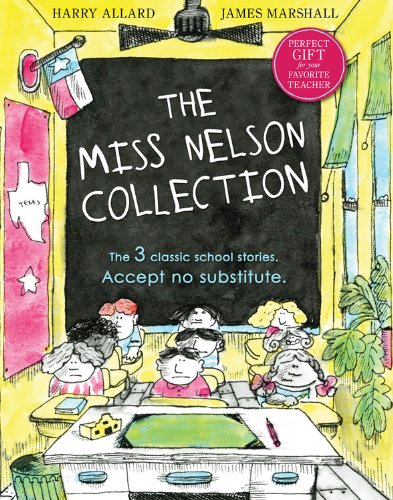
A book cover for The Miss Nelson Collection; Harry G. Allard Jr.; Children's Books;